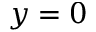
y = 0